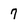
Character: 7